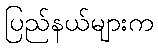
ပြည်နယ်များက